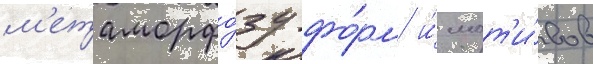
м'етаморфо́зу фо́рм и́ мот'и́вов